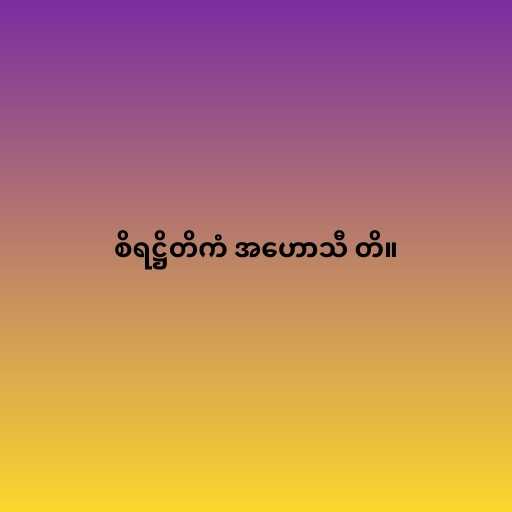
စိရဋ္ဌိတိကံ အဟောသီ တိ။